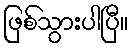
ဖြစ်သွားပါပြီ။